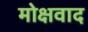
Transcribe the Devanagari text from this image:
मोक्षवाद